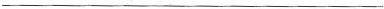
___